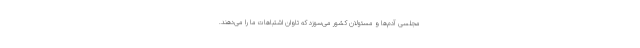
مجلسی آدم‌ها و مسئولان کشور می‌سوزد که تاوان اشتباهات ما را می‌دهند.